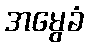
အမွေခံ